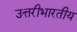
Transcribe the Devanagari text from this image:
उत्तरीभारतीय